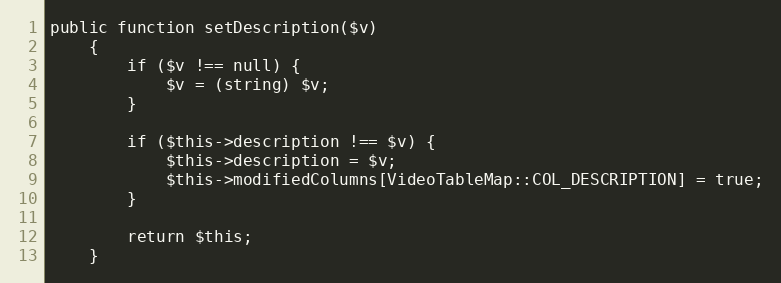
Language: PHP
public function setDescription($v)
    {
        if ($v !== null) {
            $v = (string) $v;
        }

        if ($this->description !== $v) {
            $this->description = $v;
            $this->modifiedColumns[VideoTableMap::COL_DESCRIPTION] = true;
        }

        return $this;
    }